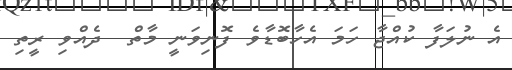
އެ ނުލަފާ ކުއްޖާ ހަމަ އެހާބޮޑާވެ ފޮނިވަނީ މާތް  ދެއްވި ރީތި